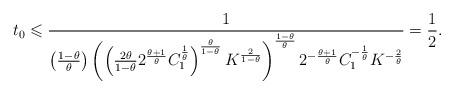
LaTeX: \begin{align*} t_{0} \leqslant \frac{1}{\left(\frac{1-\theta}{\theta}\right)\left(\left(\frac{2\theta}{1-\theta}2^{\frac{\theta+1}{\theta}}C_{1}^{\frac{1}{\theta}}\right)^{\frac{\theta}{1-\theta}}K^{\frac{2}{1-\theta}}\right)^{\frac{1-\theta}{\theta}}2^{-\frac{\theta+1}{\theta}}C_{1}^{-\frac{1}{\theta}}K^{-\frac{2}{\theta}}}=\frac{1}{2}.\end{align*}